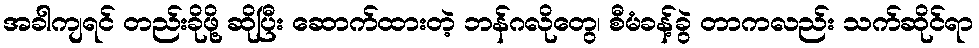
အခါကျရင် တည်းခိုဖို့ ဆိုပြီး ဆောက်ထားတဲ့ ဘန်ဂလိုတွေ၊ စီမံခန့်ခွဲ တာကလည်း သက်ဆိုင်ရာ